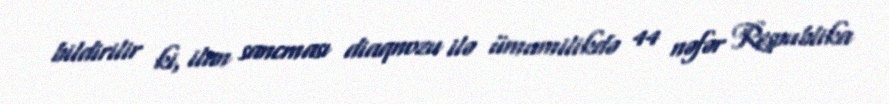
bildirilir ki, ilan sancması diaqnozu ilə ümumilikdə 44 nəfər Respublika